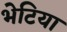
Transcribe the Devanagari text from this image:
भेटिया